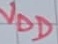
Text: VDD